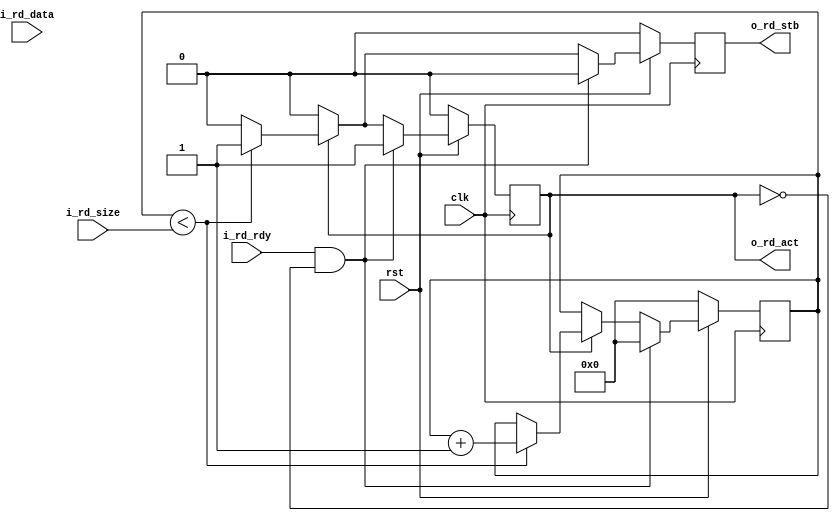
`timescale 1ns / 1ps
//////////////////////////////////////////////////////////////////////////////////
// Company: 
// Engineer: 
// 
// Design Name: 
// Module Name: sink_tb
// Project Name: 
// Target Devices: 
// Tool Versions: 
// Description: 
// 
// Dependencies: 
// 
// Revision:
// Revision 0.01 - File Created
// Additional Comments:
// 
//////////////////////////////////////////////////////////////////////////////////


module sink_tb #(
  parameter                       DATA_WIDTH    = 8
)(
  input                           clk,
  input                           rst,

  //Ping Pong FIFO Interface
  input                           i_rd_rdy,
  output  reg                     o_rd_act,
  input       [23:0]              i_rd_size,
  output  reg                     o_rd_stb,
  input       [DATA_WIDTH - 1:0]  i_rd_data
);

//Local Parameters
//Registers/Wires
reg   [23:0]          r_count;
//Submodules
//Asynchronous Logic
//Synchronous Logic
always @ (posedge clk) begin
  //De-Assert Strobes
  o_rd_stb            <=  0;

  if (!rst) begin
    o_rd_act          <=  0;
    r_count           <=  0;
    o_rd_stb          <=  0;
  end
  else begin
    if (i_rd_rdy && !o_rd_act) begin
      r_count         <=  0;
      o_rd_act        <=  1;
    end
    else if (o_rd_act) begin
      if (r_count < i_rd_size) begin
        o_rd_stb      <=  1;
        r_count       <=  r_count + 1;
      end
      else begin
        o_rd_act      <=  0;
      end
    end
  end
end


endmodule